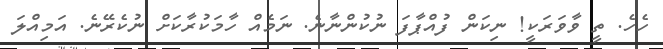
ހެހެ. ތީ ވާވަރަކީ! ނިކަން ފުއްޕާފަ ނުކުންނާނެ. ނަމެއް ހާމަކުރާކަށް ނުކެރޭނެ. އަމިއްލަ